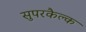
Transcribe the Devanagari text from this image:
सुपरकैल्क